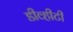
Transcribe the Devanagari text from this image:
डीव्हीटी